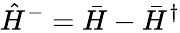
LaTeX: \hat{H}^{-}=\bar{H}-\bar{H}^{\dagger}